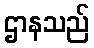
ဌာနသည်